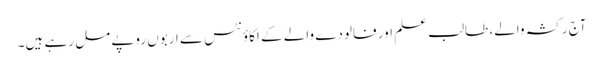
آج رکشہ والے، طالب علم اور فالودے والے کے اکاؤنٹس سے اربوں روپے مل رہے ہیں۔